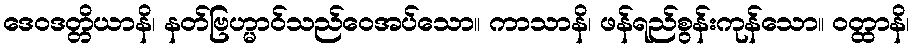
ဒေဝဒတ္တိယာနိ၊ နတ်ဗြဟ္မာဝ်သည်ဝေအပ်သော။ ကာသာနိ၊ ဖန်ရည်စွန်းကုန်သော။ ဝတ္ထာနိ၊